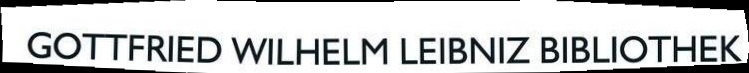
GOTTFRIED WILHELM LEIBNIZ BIBLIOTHEK